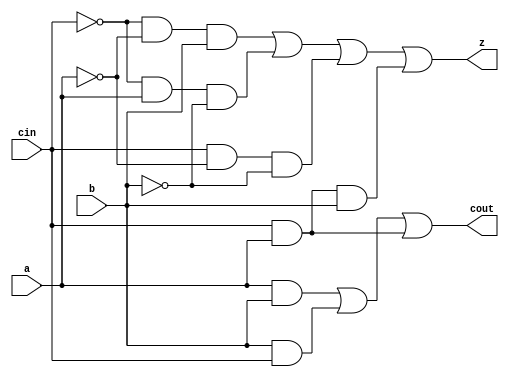
module fullAdder (cout,z , a, b, cin);
    output cout;
    output    z;
    input     a;
    input     b;
    input   cin;
    
    assign z     = (!cin && !a && b) || (!cin && a && !b) || (cin && !a && !b) || (cin && a && b);
    assign cout  = (a && b) || (b && cin) || (a && cin);
endmodule